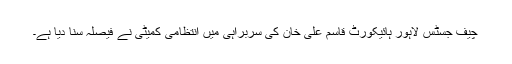
چیف جسٹس لاہور ہائیکورٹ قاسم علی خان کی سربراہی میں انتظامی کمیٹی نے فیصلہ سنا دیا ہے۔